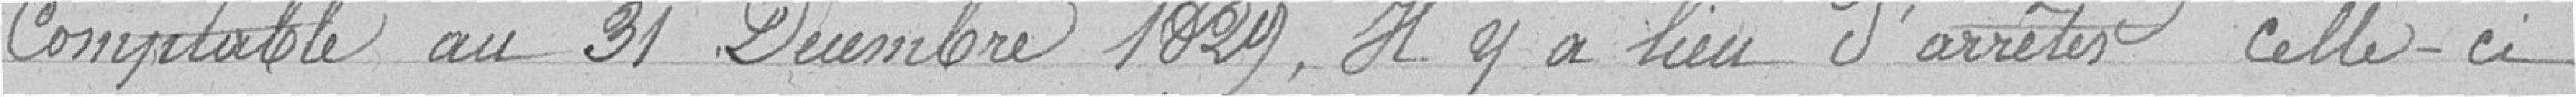
Comptable au 31 Décembre 1829, Il y a lieu d’arrêter celle-ci